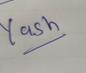
Signature authenticity: genuine